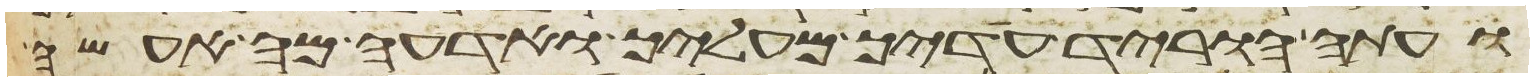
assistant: ועתה הוריד עדיך מעליך ואדעה מה אעשה